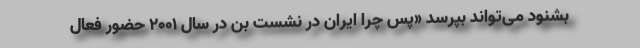
بشنود می‌تواند بپرسد «‌پس چرا ایران در نشست بن در سال 2001 حضور فعال